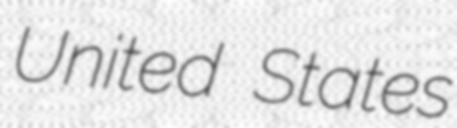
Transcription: United States